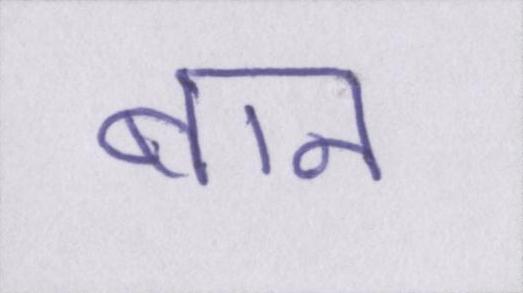
बान